Vaccination in Bombay 1869-1873 - 1869-1873
Year: 1869
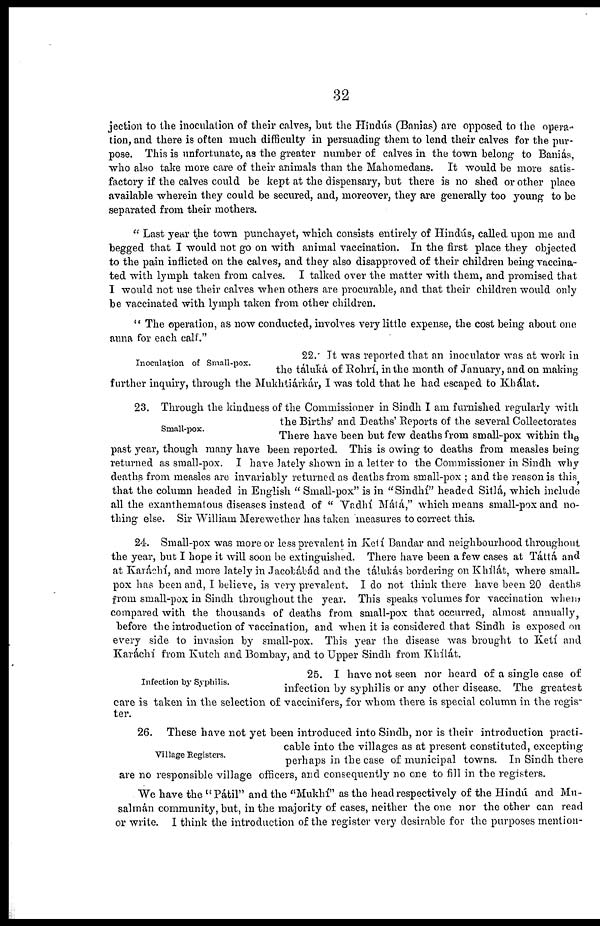
32
jection to the inoculation of their calves, but the Hindús (Banias) are opposed to the opera-
tion, and there is often much difficulty in persuading them to lend their calves for the pur-
pose. This is unfortunate, as the greater number of calves in the town belong to Baniás,
who also take more care of their animals than the Mahomedans. It would be more satis-
factory if the calves could be kept at the dispensary, but there is no shed or other place
available wherein they could be secured, and, moreover, they are generally too young to be
separated from their mothers.
" Last year the town punchayet, which consists entirely of Hindús, called upon me and
begged that I would not go on with animal vaccination. In the first place they objected
to the pain inflicted on the calves, and they also disapproved of their children being vaccina-
ted with lymph taken from calves. I talked over the matter with them, and promised that
I would not use their calves when others are procurable, and that their children would only
be vaccinated with lymph taken from other children.
" The operation, as now conducted, involves very little expense, the cost being about one
anna for each calf."
Inoculation of Small-pox.
22. It was reported that an inoculator was at work in
the táluká of Rohrí, in the month of January, and on making
further inquiry, through the Mukhtiárkár, I was told that he had escaped to Khálat.
Small-pox.
23. Through the kindness of the Commissioner in Sindh I am furnished regularly with
the Births' and Deaths' Reports of the several Collectorates
There have been but few deaths from small-pox within the
past year, though many have been reported. This is owing to deaths from measles being
returned as small-pox. I have lately shown in a letter to the Commissioner in Sindh why
deaths from measles are invariably returned as deaths from small-pox ; and the reason is this
that the column headed in English " Small-pox" is in "Sindhi" headed Sitlá, which include
all the exanthematous diseases instead of " Vadhí Mátá," which means small-pox and no-
thing else. Sir William Merewether has taken measures to correct this.
24. Small-pox was more or less prevalent in Ketí Bandar and neighbourhood throughout
the year, but I hope it will soon be extinguished. There have been a few cases at Táttá and
at Karáchí, and more lately in Jacobábád and the tálukás bordering on Khílát, where small-
pox has been and, I believe, is very prevalent. I do not think there have been 20 deaths
from small-pox in Sindh throughout the year. This speaks volumes for vaccination when,
compared with the thousands of deaths from small-pox that occurred, almost annually,
before the introduction of vaccination, and when it is considered that Sindh is exposed on
every side to invasion by small-pox. This year the disease was brought to Ketí and
Karáchí from Kutch and Bombay, and to Upper Sindh from Khílát.
Infection by Syphilis.
25. I have not seen nor heard of a single case of
infection by syphilis or any other disease. The greatest
care is taken in the selection of vaccinifers, for whom there is special column in the regis-
ter.
Village Registers.
26. These have not yet been introduced into Sindh, nor is their introduction practi-
cable into the villages as at present constituted, excepting
perhaps in the case of municipal towns. In Sindh there
are no responsible village officers, and consequently no one to fill in the registers.
We have the " Pátil" and the "Mukhí" as the head respectively of the Hindú and Mu-
salmán community, but, in the majority of cases, neither the one nor the other can read
or write. I think the introduction of the register very desirable for the purposes mention-